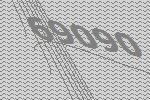
69090